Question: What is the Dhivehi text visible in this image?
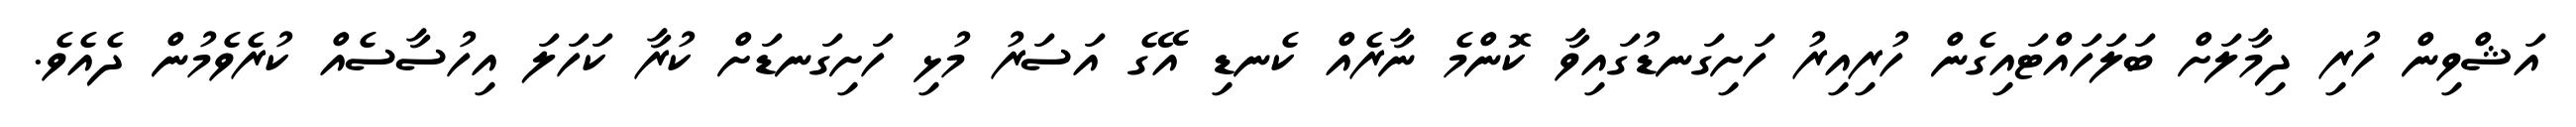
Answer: އަޝްވިން ހުރި ދިމާލަށް ބަލަހައްޓައިގެން ހުރިއިރު ހަށިގަނޑުގައިވާ ކޮންމެ ނާރެއް ކެނޑި އޭގެ އަސަރު މުޅި ހަށިގަނޑަށް ކުރާ ކަހަލަ އިހުސާސެއް ކުރެވެމުން ދެއެވެ.